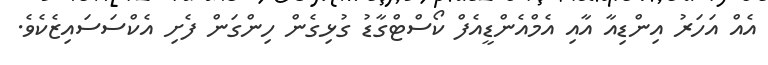
އެއް އަހަރު އިންޑިއާ އާއި އެމްއެންޑީއެފް ކޯސްޓްގާޑު ގުޅިގެން ހިންގަން ފެށި އެކްސަސައިޒެކެވެ.